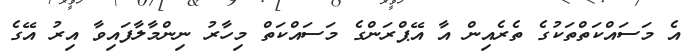
އެ މަސައްކަތްތަކުގެ ތެރެއިން އާ އޭޕްރަންގެ މަސައްކަތް މިހާރު ނިންމާލާފައިވާ އިރު އޭގެ